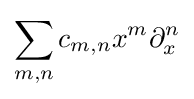
\sum _{m,n}c_{m,n}x^{m}\partial _{x}^{n}